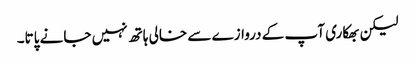
لیکن بھکاری آپ کے دروازے سے خالی ہاتھ نہیں جانے پاتا۔